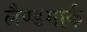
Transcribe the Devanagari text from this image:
लैण्‍डमार्क